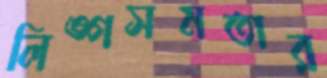
লিঙ্গসমতার